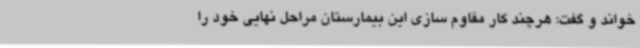
خواند و گفت: هرچند کار مقاوم سازی این بیمارستان مراحل نهایی خود را